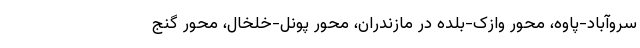
سروآباد-پاوه، محور وازک-بلده در مازندران، محور‌ پونل-خلخال، محور گنج